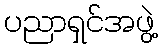
ပညာရှင်အဖွဲ့